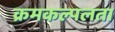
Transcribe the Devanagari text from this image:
क्रमकल्पलता